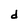
Character: d